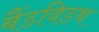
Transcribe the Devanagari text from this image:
बैंडविडथ